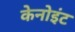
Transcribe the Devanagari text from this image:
केनोइंट